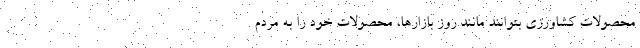
محصولات کشاورزی بتوانند مانند روز بازارها، محصولات خود را به مردم